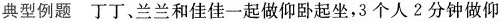
典型例题 丁丁、兰兰和佳佳一起做仰卧起坐，3个人2分钟做仰